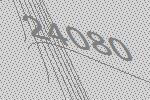
24080